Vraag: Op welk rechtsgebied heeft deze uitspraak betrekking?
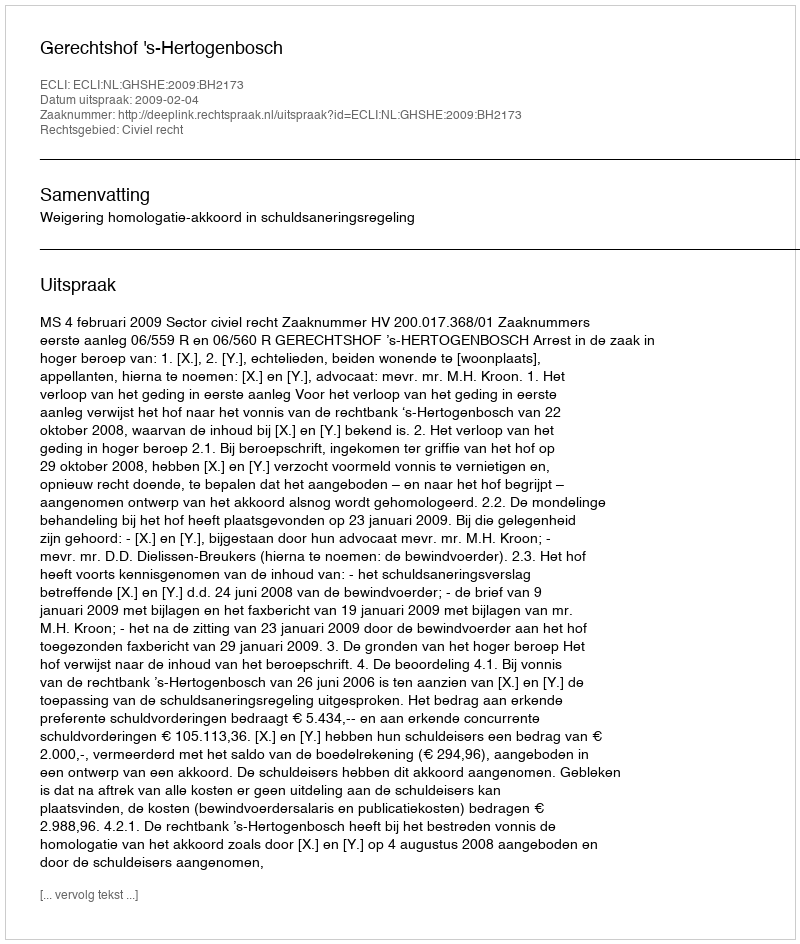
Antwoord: Civiel recht